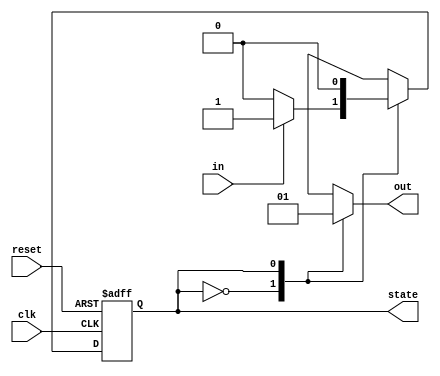
module mealy_state_machine (
    input clk,
    input reset,
    input in,
    output reg out,
    output reg state
);

// State declaration
parameter S0 = 2'b00;
parameter S1 = 2'b01;
parameter S2 = 2'b10;

// State register
always @(posedge clk or posedge reset)
begin
    if (reset)
        state <= S0;
    else
    begin
        case (state)
            S0: if (in) state <= S1; else state <= S0;
            S1: if (in) state <= S2; else state <= S0;
            S2: state <= S0;
        endcase
    end
end

// Output logic
always @(*)
begin
    case (state)
        S0: out = 1'b0;
        S1: out = 1'b1;
        S2: out = 1'b0;
    endcase
end

endmodule